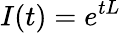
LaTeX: I(t)=e^{tL}